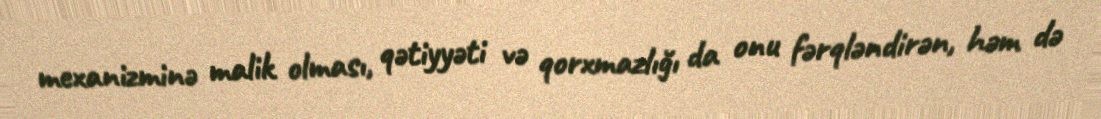
mexanizminə malik olması, qətiyyəti və qorxmazlığı da onu fərqləndirən, həm də